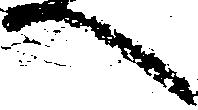
へ